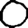
Digit: 0